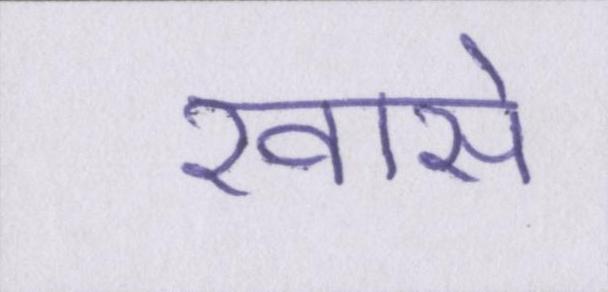
खासे